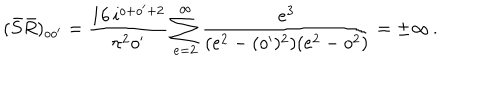
( \bar { S } \bar { R } ) _ { o o ^ { \prime } } = { \frac { 1 6 \, i ^ { o + o ^ { \prime } + 2 } } { \pi ^ { 2 } o ^ { \prime } } } \sum _ { e = 2 } ^ { \infty } { \frac { e ^ { 3 } } { ( e ^ { 2 } - ( o ^ { \prime } ) ^ { 2 } ) ( e ^ { 2 } - o ^ { 2 } ) } } = \pm \infty \, .